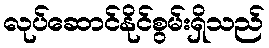
လုပ်ဆောင်နိုင်စွမ်းရှိသည်